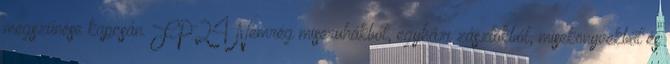
megszűnése kapcsán. FP24 Nemrég miseruhákból, egyházi zászlókból, misekönyvekből és